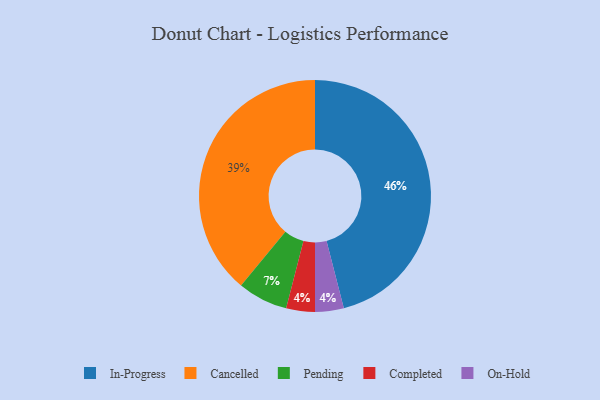
{"axis": {"x": "Category", "y": "Percentage"}, "legend": ["Cancelled", "Completed", "In-Progress", "On-Hold", "Pending"], "data": [{"x": "In-Progress", "y": 46, "type": "In-Progress"}, {"x": "Completed", "y": 4, "type": "Completed"}, {"x": "On-Hold", "y": 4, "type": "On-Hold"}, {"x": "Pending", "y": 7, "type": "Pending"}, {"x": "Cancelled", "y": 39, "type": "Cancelled"}]}